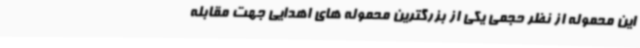
این محموله از نظر حجمی یکی از بزرگترین محموله های اهدایی جهت مقابله